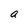
Character: a